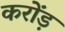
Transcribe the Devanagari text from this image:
करोंड़